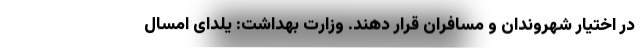
در اختیار شهروندان و مسافران قرار دهند. وزارت بهداشت: یلدای امسال